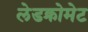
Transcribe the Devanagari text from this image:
लेडक्रोमेट